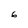
Character: 6